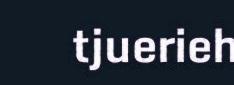
tjuerieh